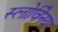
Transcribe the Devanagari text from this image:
स्लोवेिनया